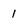
Character: 1